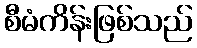
စီမံကိန်းဖြစ်သည်